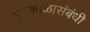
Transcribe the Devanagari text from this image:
भूतकाळासंबंधी